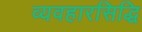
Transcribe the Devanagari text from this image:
व्यवहारसिद्धि